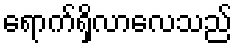
ရောက်ရှိလာလေသည်